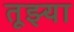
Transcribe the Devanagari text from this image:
तूझ्या